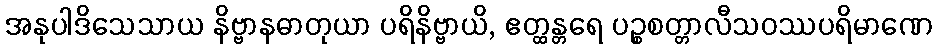
အနုပါဒိသေသာယ နိဗ္ဗာနဓာတုယာ ပရိနိဗ္ဗာယိ, ဧတ္ထန္တရေ ပဉ္စစတ္တာလီသဝဿပရိမာဏေ